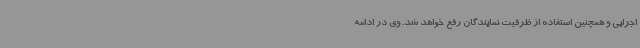
اجرایی و همچنین استفاده از ظرفیت نمایندگان رفع خواهد شد. وی در ادامه